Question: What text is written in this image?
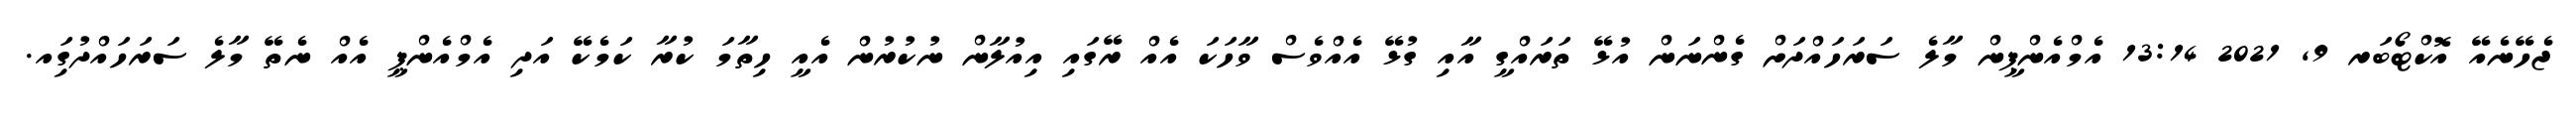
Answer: ޖެހޭނެއޭ އޮކްޓޯބަރ 9, 2021 13:14 އެމްއެންޕީން މާލެ ސަރަހައްދަށް ގެންނަން އުޅޭ ތަރައްގީ އާއި ގުޅޭ އެއްވެސް ވާހަކަ އެއް ރޭގައި އިއުލާން ނުކުރުން އެއީ ހިތާމަ ކުރާ ކަމެކޭ އަދި އެމްއެންޕީ އެއް ނެތޭ މާލެ ސަރަހައްދުގަިއ.